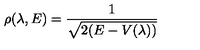
\rho ( \lambda , E ) = \frac { 1 } { \sqrt { 2 ( E - V ( \lambda ) ) } }